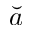
\breve { a }